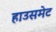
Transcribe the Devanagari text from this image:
हाउसमेट